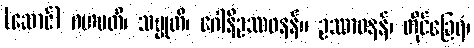
(ဆောင်) ဂဟပတိ၊ သမ္မုတိ၊ ဂေါနိဥဿဝနန်။ ဥဿာဝနန်၊ တိုင်ခြေရံ၊